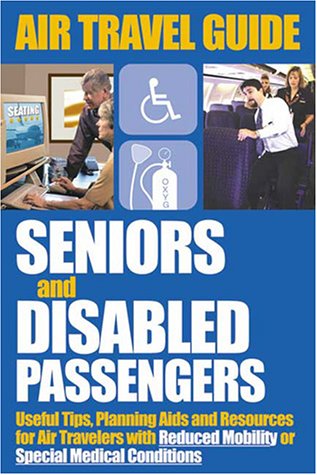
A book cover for Air Travel Guide for Seniors and Disabled Passengers; Robert B. Ronald; Travel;